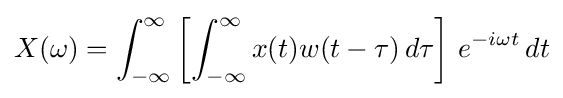
X(\omega )=\int _{-\infty }^{\infty }\left[\int _{-\infty }^{\infty }x(t)w(t-\tau )\,d\tau \right]\,e^{-i\omega t}\,dt